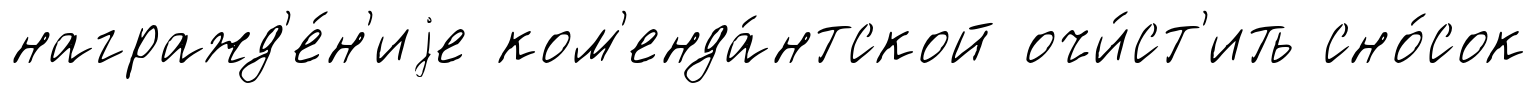
награжд'е́н'иjе ком'енда́нтской очи́ст'ить сно́сок